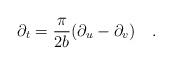
LaTeX: \begin{align*}\partial_t={\pi \over 2{ b}}(\partial_u-\partial_v)~~~.\end{align*}